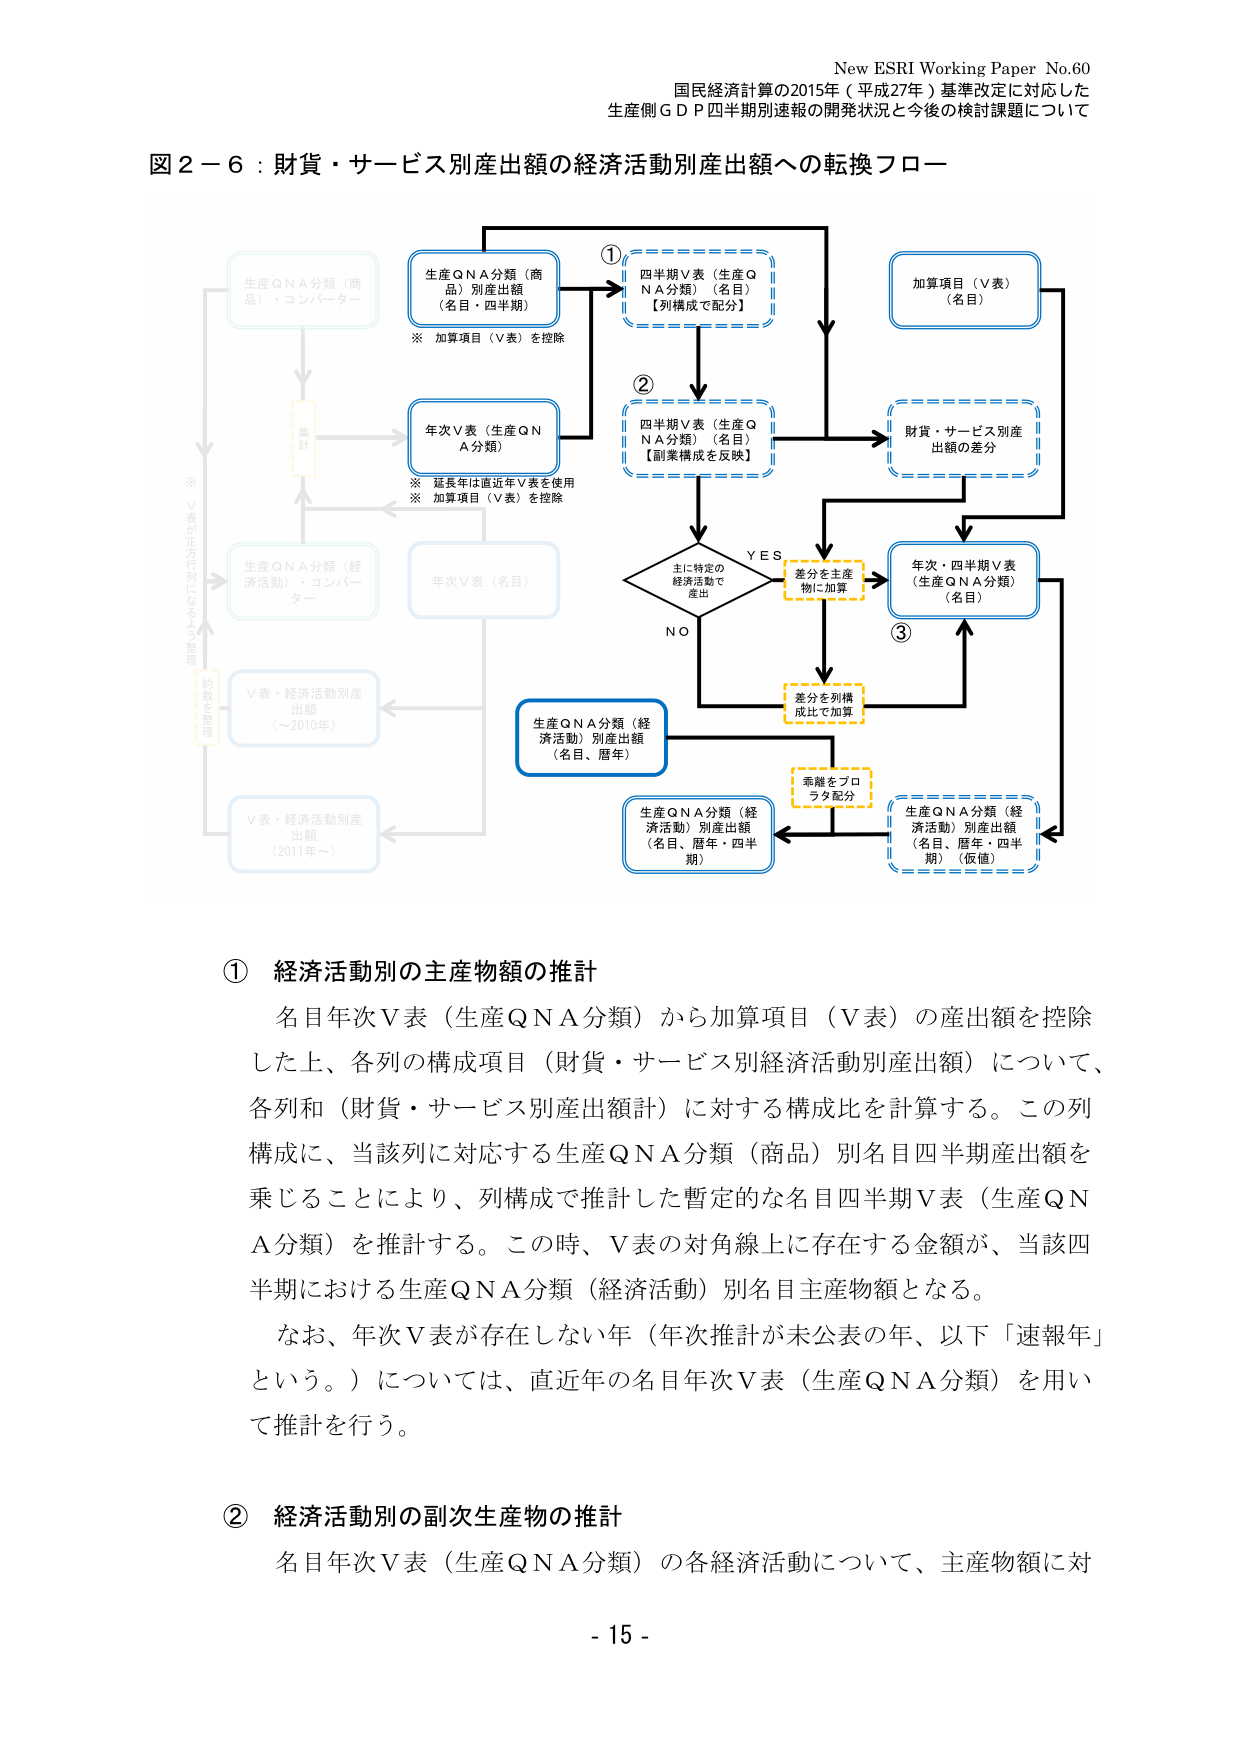
New ESRI Working Paper No.60
国民経済計算の2015年（平成27年）基準改定に対応した
生産側ＧＤＰ四半期別速報の開発状況と今後の検討課題について

図２－６：財貨・サービス別産出額の経済活動別産出額への転換フロー

生産QNA分類（商品）・コンバーター
※ V表が正方行列になるように調整

生産QNA分類（商品）別産出額（名目・四半期）
※ 加算項目（V表）を控除

四半期V表（生産QNA分類）（名目）【列構成で配分】

加算項目（V表）（名目）

年次V表（生産QNA分類）
※ 延長年は直近年V表を使用
※ 加算項目（V表）を控除

四半期V表（生産QNA分類）（名目）【副業構成を反映】

財貨・サービス別産出額の差分

主に特定の経済活動で産出
YES
差分を主産物に加算
NO

年次・四半期V表（生産QNA分類）（名目）

差分を列構成比で加算

生産QNA分類（経済活動）別産出額（名目、暦年）

素雑をプロラ分配分

生産QNA分類（経済活動）別産出額（名目、暦年・四半期）

生産QNA分類（経済活動）別産出額（名目、暦年・四半期）（仮値）

V表・経済活動別産出額（～2010年）

V表・経済活動別産出額（2011年～）

① 経済活動別の主産物額の推計
名目年次V表（生産QNA分類）から加算項目（V表）の産出額を控除した上、各列の構成項目（財貨・サービス別経済活動別産出額）について、各列和（財貨・サービス別産出額計）に対する構成比を計算する。この列構成に、当該列に対応する生産QNA分類（商品）別名目四半期産出額を乗じることにより、列構成で推計した暫定的な名目四半期V表（生産QNA分類）を推計する。この時、V表の対角線上に存在する金額が、当該四半期における生産QNA分類（経済活動）別名目主産物額となる。
なお、年次V表が存在しない年（年次推計が未公表の年、以下「速報年」という。）については、直近年の名目年次V表（生産QNA分類）を用いて推計を行う。

② 経済活動別の副次生産物の推計
名目年次V表（生産QNA分類）の各経済活動について、主産物額に対

- 15 -